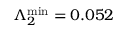
\Lambda _ { 2 } ^ { \mathrm { m i n } } = 0 . 0 5 2